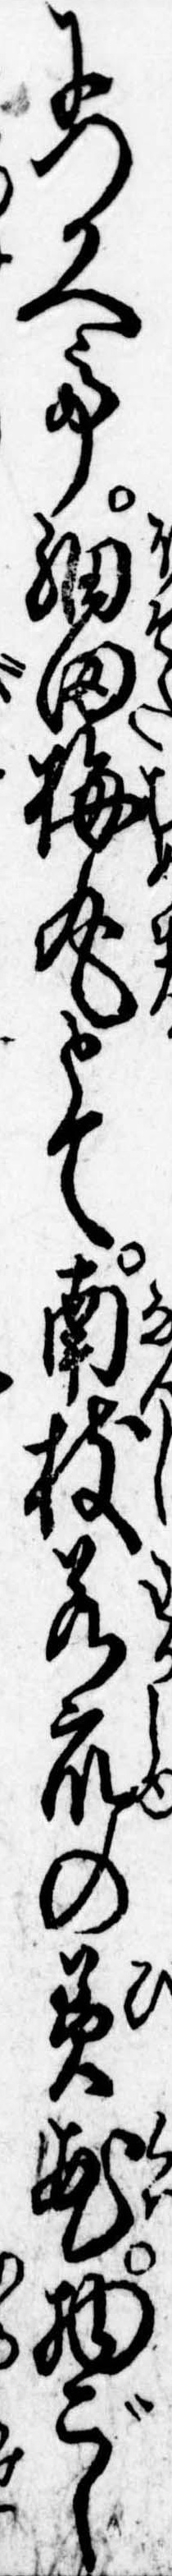
につかへて細田梅丸とて南枝若衆の美花物ごし